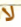
لا